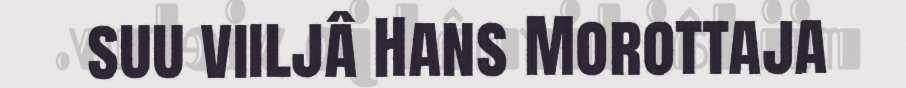
suu viiljâ Hans Morottaja